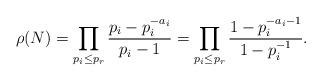
LaTeX: \begin{align*}\rho (N)=\prod_{p_i\leq p_r}\frac{p_i-p_i^{-a_i}}{p_i-1}=\prod_{p_i\leq p_r}\frac{1-p_i^{-a_i-1}}{1-p_i^{-1}}.\end{align*}